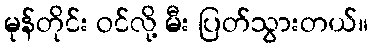
မုန်တိုင်း ဝင်လို့ မီး ပြတ်သွားတယ်။